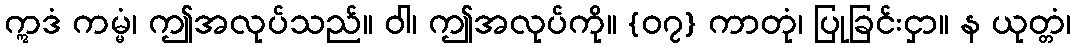
ဣဒံ ကမ္မံ၊ ဤအလုပ်သည်။ ဝါ၊ ဤအလုပ်ကို။ {၀၇} ကာတုံ၊ ပြုခြင်းငှာ။ န ယုတ္တံ၊